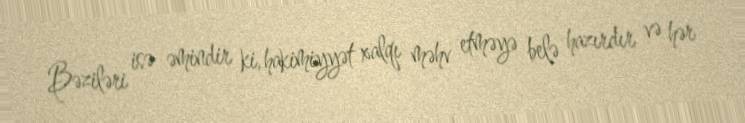
Bəziləri isə əmindir ki, hakimiyyət xalqı məhv etməyə belə hazırdır və hər